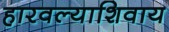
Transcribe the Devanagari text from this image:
हारवल्याशिवाय